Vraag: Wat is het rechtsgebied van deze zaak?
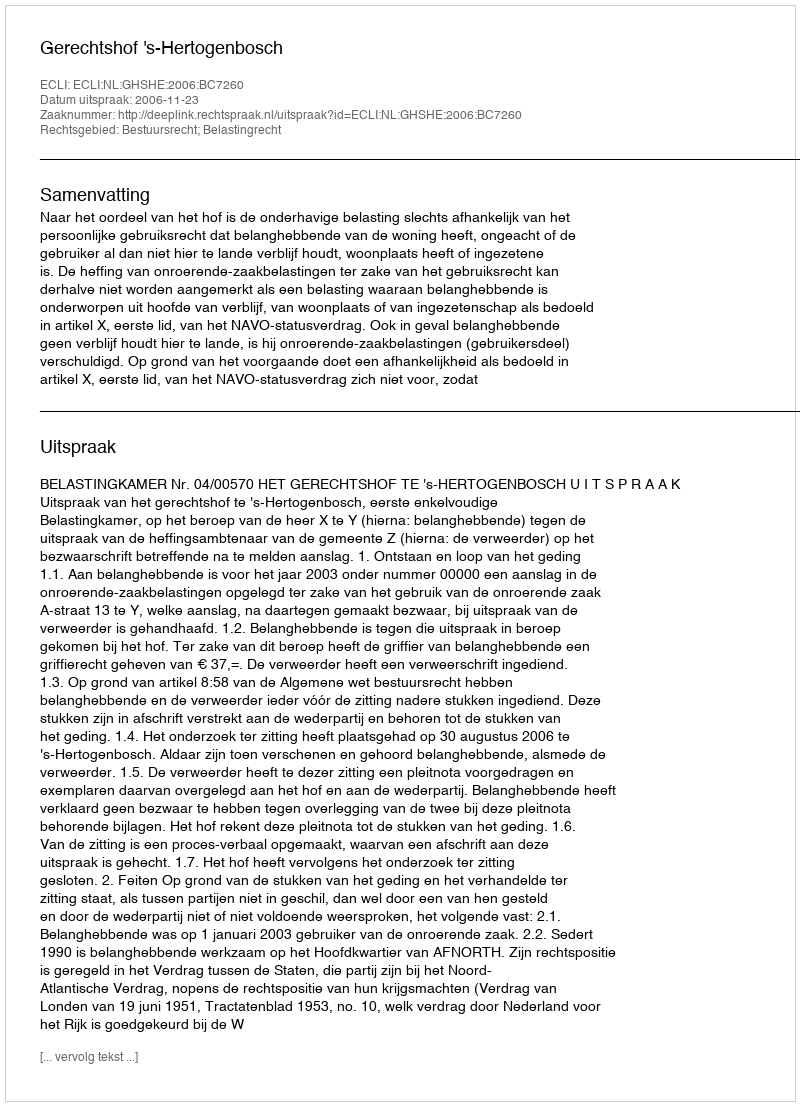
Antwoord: Bestuursrecht; Belastingrecht